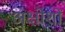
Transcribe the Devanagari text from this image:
अक्षोशों